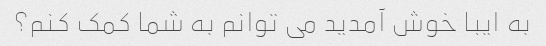
به ایبا خوش آمدید می توانم به شما کمک کنم؟